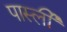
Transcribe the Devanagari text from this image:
पार्स्ली